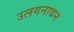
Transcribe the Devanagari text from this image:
उलगनाथन